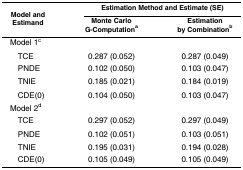
<table><thead><tr><td rowspan="2"><b>Model and Estimand</b></td><td colspan="2"><b>Estimation Method and Estimate (SE)</b></td></tr><tr><td><b>Monte Carlo G-Computation<sup>a</sup></b></td><td><b>Estimation by Combination<sup>b</sup></b></td></tr></thead><tbody><tr><td>Model 1<sup>c</sup></td><td></td><td></td></tr><tr><td> TCE</td><td>0.287 (0.052)</td><td>0.287 (0.049)</td></tr><tr><td> PNDE</td><td>0.102 (0.050)</td><td>0.103 (0.047)</td></tr><tr><td> TNIE</td><td>0.185 (0.021)</td><td>0.184 (0.019)</td></tr><tr><td> CDE(0)</td><td>0.104 (0.050)</td><td>0.103 (0.047)</td></tr><tr><td>Model 2<sup>d</sup></td><td></td><td></td></tr><tr><td> TCE</td><td>0.297 (0.052)</td><td>0.297 (0.049)</td></tr><tr><td> PNDE</td><td>0.102 (0.051)</td><td>0.103 (0.051)</td></tr><tr><td> TNIE</td><td>0.195 (0.031)</td><td>0.194 (0.028)</td></tr><tr><td> CDE(0)</td><td>0.105 (0.049)</td><td>0.105 (0.049)</td></tr></tbody></table>